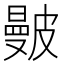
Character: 𥀗